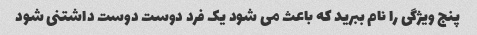
پنج ویژگی را نام ببرید که باعث می شود یک فرد دوست دوست داشتنی شود